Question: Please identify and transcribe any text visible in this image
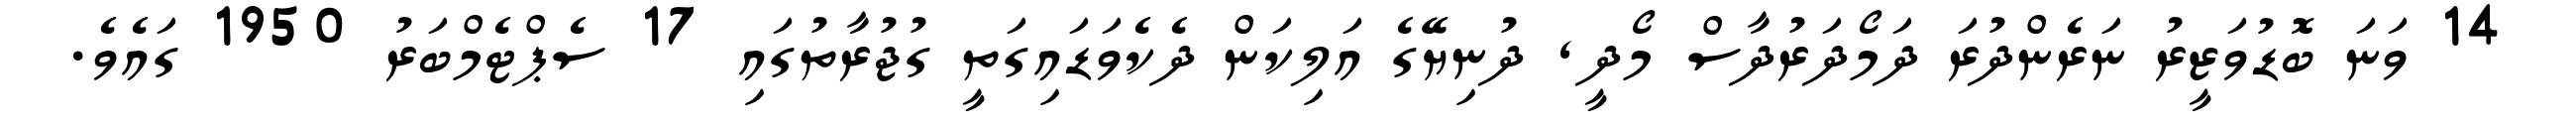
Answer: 14 ވަނަ ބޮޑުވަޒީރު ނަރެންދުރަ ދަމޯދަރުދާސް މޯދީ, ދުނިޔޭގެ އަލިކަން ދެކެވަޑައިގަތީ ގުޖުރާތުގައި 17 ސެޕްޓެމްބަރު 1950 ގައެވެ.